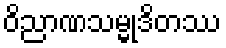
ဝိညာဏသမ္မုဒိတဿ